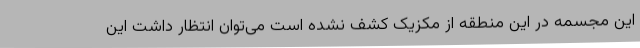
این مجسمه در این منطقه از مکزیک کشف نشده است می‌توان انتظار داشت این